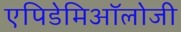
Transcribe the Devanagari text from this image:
एपिडेमिऑलोजी